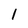
Character: 1